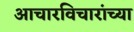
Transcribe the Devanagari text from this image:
आचारविचारांच्या